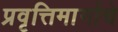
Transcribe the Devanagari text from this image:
प्रवृत्तिमार्गाचे